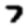
Digit: 7